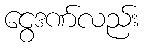
ငွေဒဏ်လည်း